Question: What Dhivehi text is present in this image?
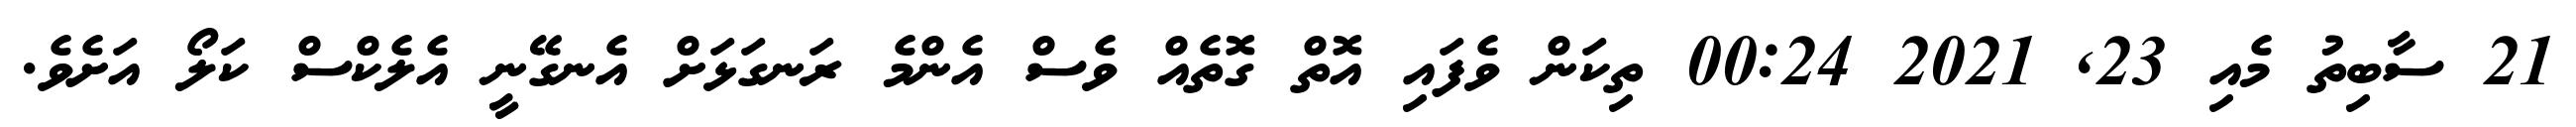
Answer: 21 ސާބިތު މެއި 23, 2021 00:24 ތިކަން ވެފައި އޮތް ގޮތެއް ވެސް އެންމެ ރަނގަޅަށް އެނގޭނީ އެލެކްސް ކަލޯ އަށެވެ.